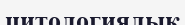
цитологиялық